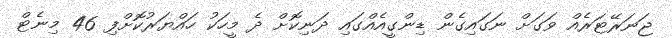
ޖަނަރޭޓަރެއް ވަގަށް ނަގައިގެން ޑިންގީއެއްގައި ދަނިކޮށް ދެ މީހަކު ހައްޔަރުކޮށްފި 46 މިނެޓް